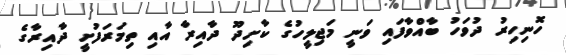
ހޮނިހިރު ދުވަހު ބާއްވާފައި ވަނީ މަޖިލީހުގެ ކާށިދޫ ދާއިރާ އާއި ތިމަރަފުށީ ދާއިރާގެ